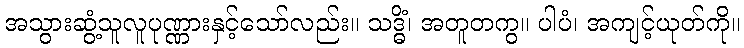
အသွားဆွံ့သူလူပုဏ္ဏားနှင့်သော်လည်း။ သဒ္ဓိံ၊ အတူတကွ။ ပါပံ၊ အကျင့်ယုတ်ကို။